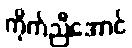
ကိုက်ညီအောင်